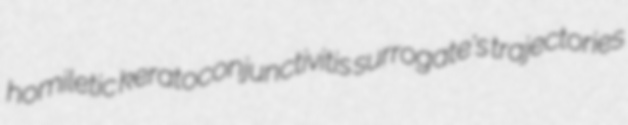
homiletic keratoconjunctivitis surrogate's trajectories